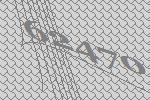
62470